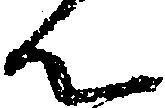
ん